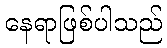
နေရာဖြစ်ပါသည်